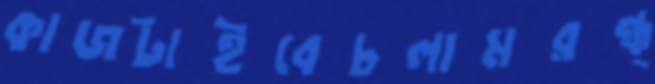
কাজটাইবেচলামরন্ধ্